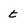
Character: t